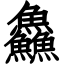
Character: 鱻